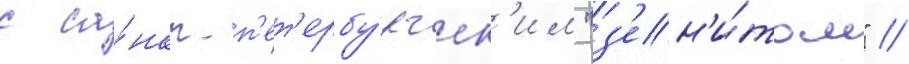
с са́нкт-п'ет'ербу́ргск'им "з'ен'и́том" //